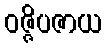
ဝဇ္ဇိပဇာယ